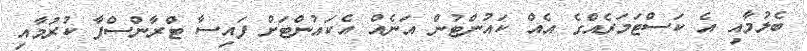
ބެލުމާއި އެ ކަސްޓަމަރެއްގެ އެއް ކައުންޓުން އަނެއް އެކައުންޓަށް ފައިސާ ޓްރާންސްފާ ކުރުމާއި